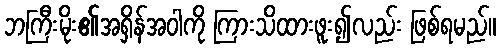
ဘကြီးမိုး၏အရှိန်အဝါကို ကြားသိထားဖူး၍လည်း ဖြစ်ရမည်။